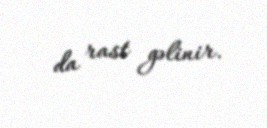
da rast gəlinir.